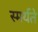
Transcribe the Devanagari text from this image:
स्मर्यते